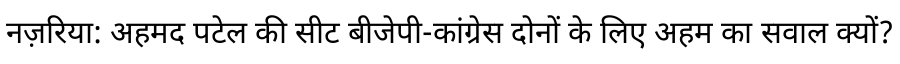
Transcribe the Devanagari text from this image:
नज़रिया: अहमद पटेल की सीट बीजेपी-कांग्रेस दोनों के लिए अहम का सवाल क्यों?